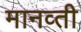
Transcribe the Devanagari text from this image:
मानव्ती